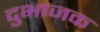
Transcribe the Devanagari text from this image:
दुभाजक